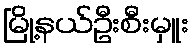
မြို့နယ်ဦးစီးမှူး